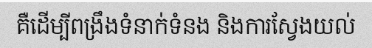
គឺដើម្បីពង្រឹងទំនាក់ទំនង និងការស្វែងយល់